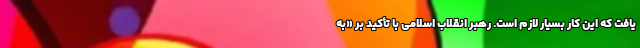
یافت که این کار بسیار لازم است. رهبر انقلاب اسلامی با تأکید بر «به